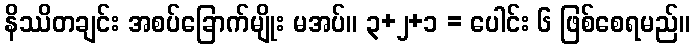
နိဿိတချင်း အစပ်ခြောက်မျိုး မအပ်။ ၃+၂+၁ = ပေါင်း ၆ ဖြစ်စေရမည်။